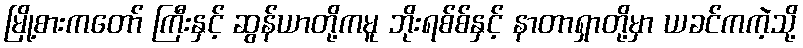
မြို့စားကတော် ကြီးနှင့် ဆွန်ယာတို့ကမူ ဘိုးရစ်စ်နှင့် နာတာရှာတို့မှာ ယခင်ကကဲ့သို့